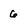
Character: 6